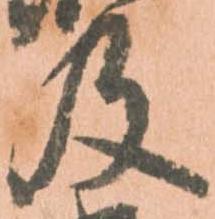
及